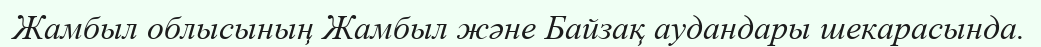
Жамбыл облысының Жамбыл және Байзақ аудандары шекарасында.